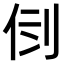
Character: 𠛷